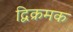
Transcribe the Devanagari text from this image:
द्विक्रमक